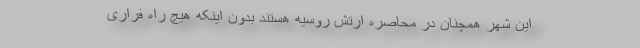
این شهر همچنان در محاصره ارتش روسیه هستند بدون اینکه هیچ راه فراری